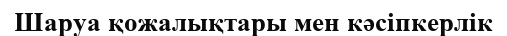
Шаруа қожалықтары мен кәсіпкерлік